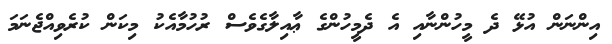
އިންނަން އުޅޭ ދެ މީހުންނާއި އެ ދެމީހުންގެ ޢާއިލާގެވެސް ރުހުމާއެކު މިކަން ކުރެވިއްޖެނަމަ